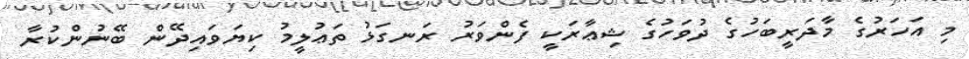
މި އަހަރުގެ މާދަރީބަހުގެ ދުވަހުގެ ޝިޢާރަކީ ފެންވަރު ރަނގަޅު ތަޢުލީމު ކިޔަވައިދޭން ބޭނުންކުރާ